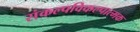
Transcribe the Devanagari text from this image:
संकल्पविकल्पात्मक